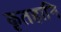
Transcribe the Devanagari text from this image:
कृतहानि